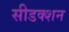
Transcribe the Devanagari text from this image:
सीडक्शन